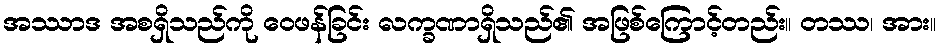
အဿာဒ အစရှိသည်ကို ဝေဖန်ခြင်း လက္ခဏာရှိသည်၏ အဖြစ်ကြောင့်တည်း။ တဿ၊ အား။